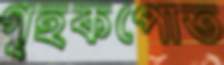
গৃহকপোত